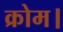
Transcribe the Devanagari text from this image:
क्रोम।